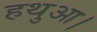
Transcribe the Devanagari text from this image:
हथुआ।